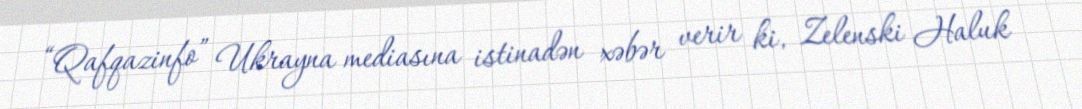
“Qafqazinfo” Ukrayna mediasına istinadən xəbər verir ki, Zelenski Haluk